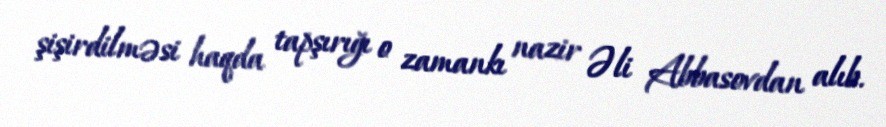
şişirdilməsi haqda tapşırığı o zamankı nazir Əli Abbasovdan alıb.